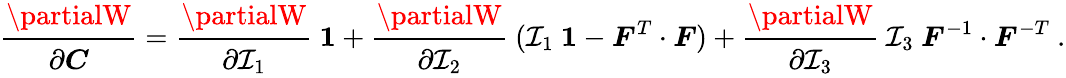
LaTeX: {\cfrac{\partialW}{\partial{\boldsymbol{C}}}}={\cfrac{\partialW}{\partial\mathcal{I}_{1}}}~{\boldsymbol{\mathit{{1}}}}+{\cfrac{\partialW}{\partial\mathcal{I}_{2}}}~(\mathcal{I}_{1}~{\boldsymbol{\mathit{{1}}}}-{\boldsymbol{F}}^{T}\cdot{\boldsymbol{F}})+{\cfrac{\partialW}{\partial\mathcal{I}_{3}}}~\mathcal{I}_{3}~{\boldsymbol{F}}^{-1}\cdot{\boldsymbol{F}}^{-T}~.